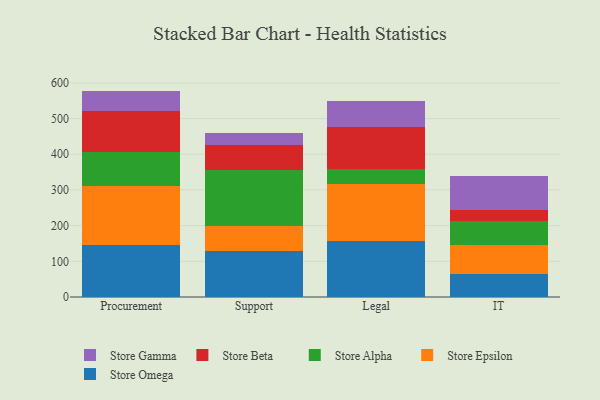
{"axis": {"x": "Department", "y": "Headcount"}, "legend": ["Store Alpha", "Store Beta", "Store Epsilon", "Store Gamma", "Store Omega"], "data": [{"x": "Procurement", "y": 145.4, "type": "Store Omega"}, {"x": "Procurement", "y": 166.6, "type": "Store Epsilon"}, {"x": "Procurement", "y": 95.1, "type": "Store Alpha"}, {"x": "Procurement", "y": 113.5, "type": "Store Beta"}, {"x": "Procurement", "y": 57.0, "type": "Store Gamma"}, {"x": "Support", "y": 129.3, "type": "Store Omega"}, {"x": "Support", "y": 70.0, "type": "Store Epsilon"}, {"x": "Support", "y": 156.1, "type": "Store Alpha"}, {"x": "Support", "y": 69.3, "type": "Store Beta"}, {"x": "Support", "y": 34.4, "type": "Store Gamma"}, {"x": "Legal", "y": 158.1, "type": "Store Omega"}, {"x": "Legal", "y": 157.5, "type": "Store Epsilon"}, {"x": "Legal", "y": 43.3, "type": "Store Alpha"}, {"x": "Legal", "y": 117.5, "type": "Store Beta"}, {"x": "Legal", "y": 74.1, "type": "Store Gamma"}, {"x": "IT", "y": 63.9, "type": "Store Omega"}, {"x": "IT", "y": 82.6, "type": "Store Epsilon"}, {"x": "IT", "y": 65.3, "type": "Store Alpha"}, {"x": "IT", "y": 31.5, "type": "Store Beta"}, {"x": "IT", "y": 94.7, "type": "Store Gamma"}]}